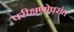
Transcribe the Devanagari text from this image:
परीक्षणोपरांत